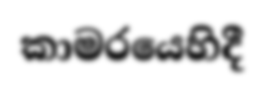
කාමරයෙහිදී